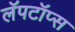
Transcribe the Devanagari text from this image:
लॅपटॉप्स